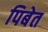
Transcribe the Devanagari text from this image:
पिबेत